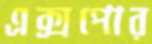
এক্সপোর